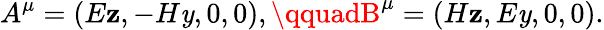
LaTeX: A^{\mu}=(E\mathbf{z},-H\mathit{y},0,0),\qquadB^{\mu}=(H\mathbf{z},E\mathit{y},0,0).